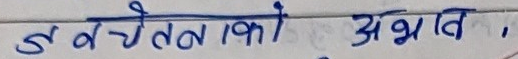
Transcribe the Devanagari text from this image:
स्वचेतनाको अभाव,